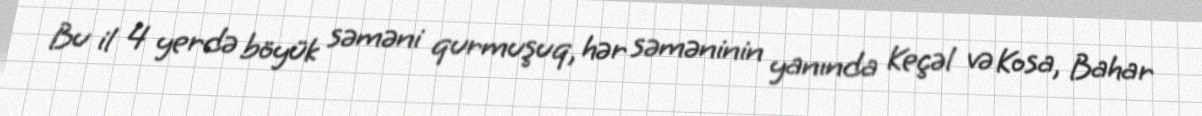
Bu il 4 yerdə böyük səməni qurmuşuq, hər səməninin yanında Keçəl və Kosa, Bahar